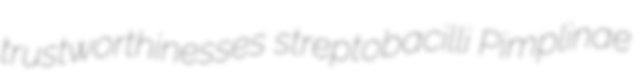
trustworthinesses streptobacilli Pimplinae